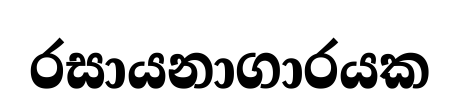
රසායනාගාරයක